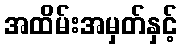
အထိမ်းအမှတ်နှင့်